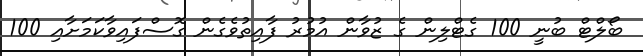
ބޯލްޓް ބުނީ 100 ގެޓްލިން ގެ ޒުވާން އުމުރު ފާއިތުވެގެން ގޮސްފައިވާކަމަށާއި 100